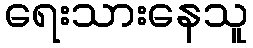
ရေးသားနေသူ